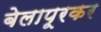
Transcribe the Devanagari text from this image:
बेलापूरकर